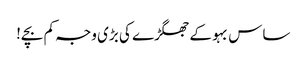
ساس بہو کے جھگڑے کی بڑی وجہ کم بچے!